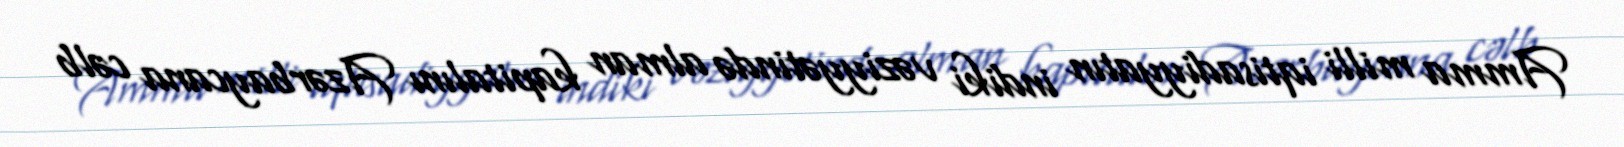
Amma milli iqtisadiyyatın indiki vəziyyətində alman kapitalını Azərbaycana cəlb